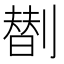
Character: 𠟆